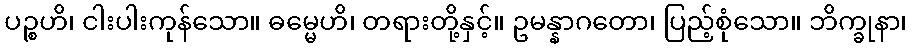
ပဉ္စဟိ၊ ငါးပါးကုန်သော။ ဓမ္မေဟိ၊ တရားတို့နှင့်။ ဥမန္နာဂတော၊ ပြည့်စုံသော။ ဘိက္ခုနာ၊